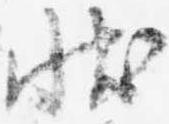
状